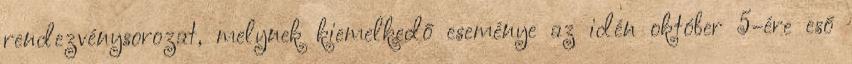
rendezvénysorozat, melynek kiemelkedő eseménye az idén október 5-ére eső